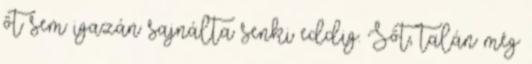
őt sem igazán sajnálta senki eddig. Sőt, talán még